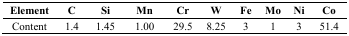
| Element | C | Si | Mn | Cr | W | Fe | Mo | Ni | Co |
 | --- | --- | --- | --- | --- | --- | --- | --- | --- | --- |
 | Content | 1.4 | 1.45 | 1.00 | 29.5 | 8.25 | 3 | 1 | 3 | 51.4 |